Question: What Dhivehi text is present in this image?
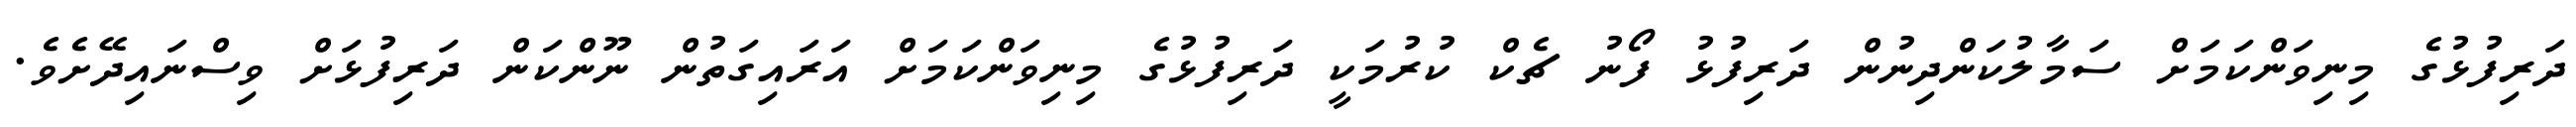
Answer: ދަރިފުޅުގެ މިނިވަންކަމަށް ސަމާލުކަންދިނުން ދަރިފުޅު ފޯނު ޗެކް ކުރުމަކީ ދަރިފުޅުގެ މިނިވަންކަމަށް އަރައިގަތުން ނޫންކަން ދަރިފުޅަށް ވިސްނައިދޭށެވެ.